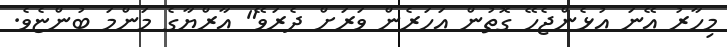
މިހާރު އޭނަ އުޅެންޖެހޭ ގޮތުން އަހަރެން ވަރަށް ދެރަވޭ" އާރްޔާގެ މަންމަ ބުންޏެވެ.